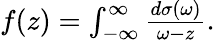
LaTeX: \begin{array}{r}{f(z)=\int_{-\infty}^{\infty}\frac{d\sigma(\omega)}{\omega-z}.}\end{array}